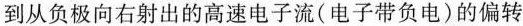
到从负极向右射出的高速电子流（电子带负电）的偏转